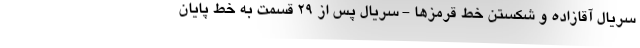
سریال آقازاده‌ و شکستن خط قرمزها - سریال پس از ۲۹ قسمت به خط پایان